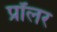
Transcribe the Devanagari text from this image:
प्रॉलर